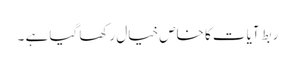
ربطِ آیات کا خاص خیال رکھا گیا ہے ۔